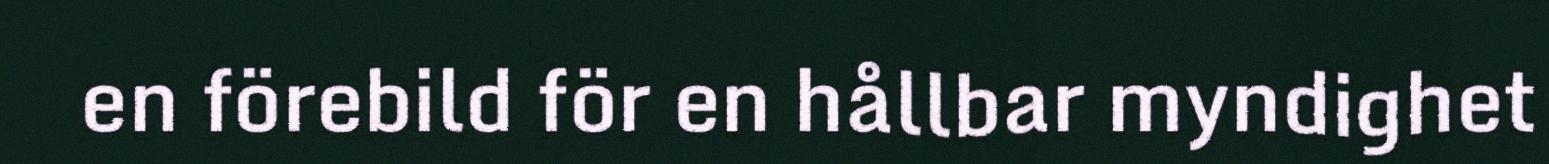
en förebild för en hållbar myndighet